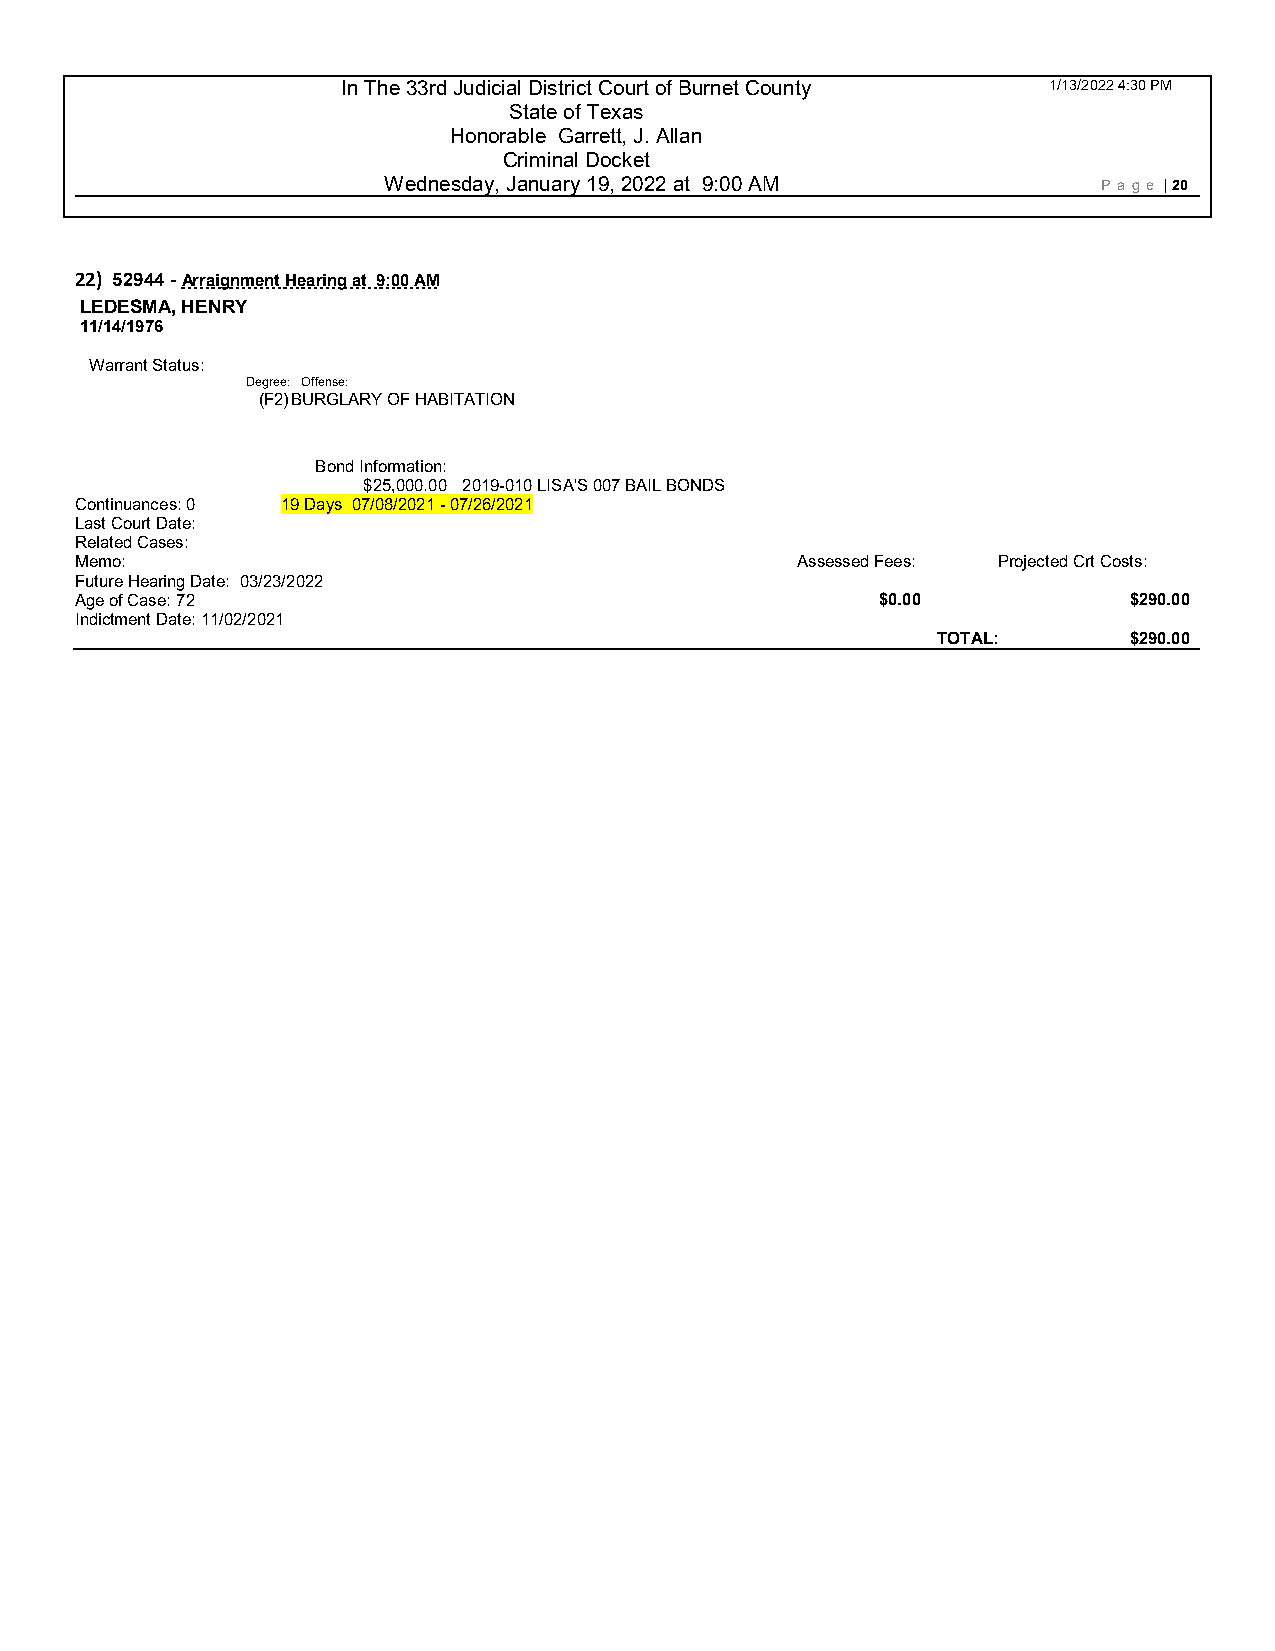
In The 33rd Judicial District Court of Burnet County 1/13/2022 4:30 PM
 State of Texas
 Honorable Garrett, J. Allan
 Criminal Docket
 Wednesday, January 19, 2022 at 9:00 AM          P age | 20
 22) 52944 - Arraignment Hearing at 9:00 AM
 LEDESMA, HENRY
 11/14/1976
 Warrant Status:
 Degree: Offense:
 (F2) BURGLARY OF HABITATION
 Bond Information:
 $25,000.00 2019-010 LISA'S 007 BAIL BONDS
 Continuances: 0 19 Days 07/08/2021 - 0 7/26/2021
 Last Court Date:
 Related Cases:
 Memo:                                           Assessed Fees: Projected Crt Costs:
 Future Hearing Date: 03/23/2022
 Age of Case: 72                                      $0.00            $290.00
 Indictment Date: 11/02/2021
 TOTAL:       $290.00